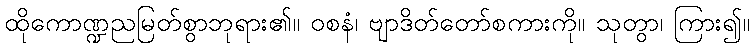
ထိုကောဏ္ဍညမြတ်စွာဘုရား၏။ ဝစနံ၊ ဗျာဒိတ်တော်စကားကို။ သုတွာ၊ ကြား၍။